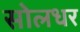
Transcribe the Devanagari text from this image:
सोलधर